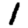
Digit: 1